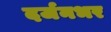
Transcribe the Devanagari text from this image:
दर्जनभर